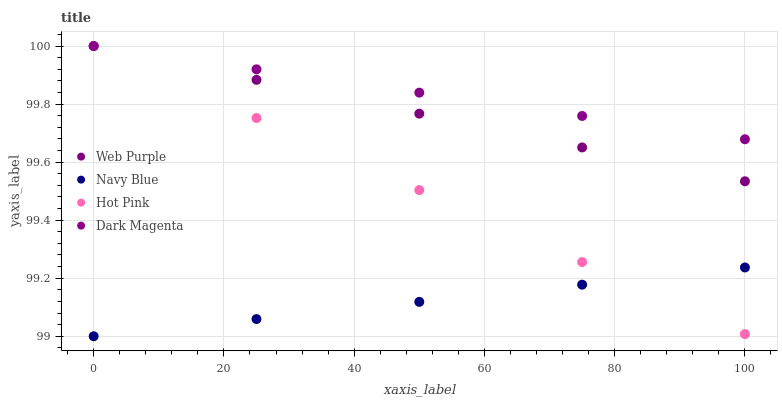
| xaxis_label | Web Purple | Navy Blue | Hot Pink | Dark Magenta |
 | --- | --- | --- | --- | --- |
 | 0 | 100 | 99 | 100 | 100 |
 | 25 | 99.9 | 99.1 | 99.8 | 99.9 |
 | 50 | 99.8 | 99.1 | 99.5 | 99.8 |
 | 75 | 99.7 | 99.2 | 99.3 | 99.8 |
 | 100 | 99.5 | 99.2 | 99 | 99.7 |